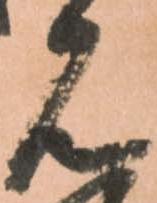
見